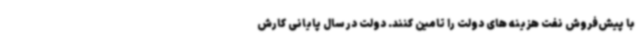
با پیش‌فروش نفت هزینه های دولت را تامین کنند. دولت در سال پایانی کارش